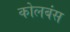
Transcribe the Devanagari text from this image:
कोलबंस